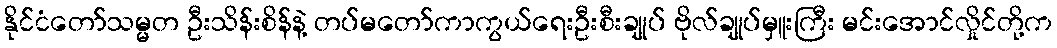
နိုင်ငံတော်သမ္မတ ဦးသိန်းစိန်နဲ့ တပ်မတော်ကာကွယ်ရေးဦးစီးချုပ် ဗိုလ်ချုပ်မှူးကြီး မင်းအောင်လှိုင်တို့က